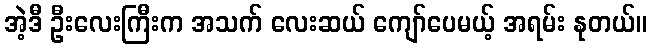
အဲ့ဒီ ဦးလေးကြီးက အသက် လေးဆယ် ကျော်ပေမယ့် အရမ်း နုတယ်။